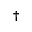
\dagger